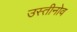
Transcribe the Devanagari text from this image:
उस्तीनोव